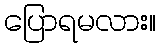
ပြောရမလား။